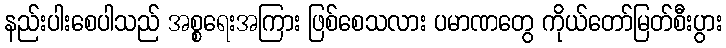
နည်းပါးစေပါသည် အစ္စရေးအကြား ဖြစ်စေသလား ပမာဏတွေ ကိုယ်တော်မြတ်စီးပွား